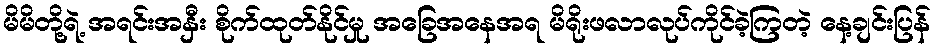
မိမိတို့ရဲ့ အရင်းအနှီး စိုက်ထုတ်နိုင်မှု အခြေအနေအရ မိရိုးဖလာလုပ်ကိုင်ခဲ့ကြတဲ့ နေ့ချင်းပြန်